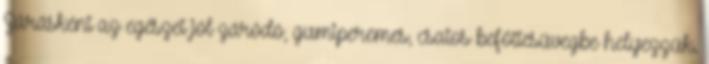
Zárásként az egészet jól záródó, gumiperemes, csatos befőttesüvegbe helyezzük.